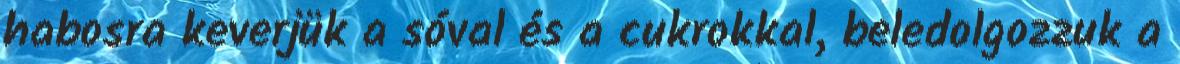
habosra keverjük a sóval és a cukrokkal, beledolgozzuk a